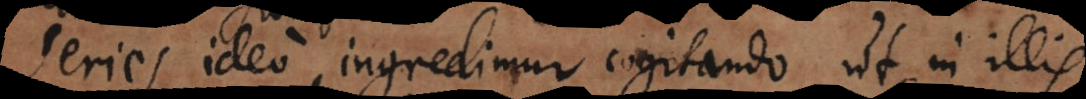
Series ideo ingredimur cogitando, ut in illis